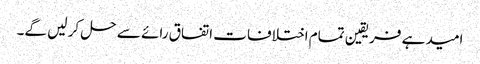
امید ہے فریقین تمام اختلافات اتفاق رائے سے حل کر لیں گے۔